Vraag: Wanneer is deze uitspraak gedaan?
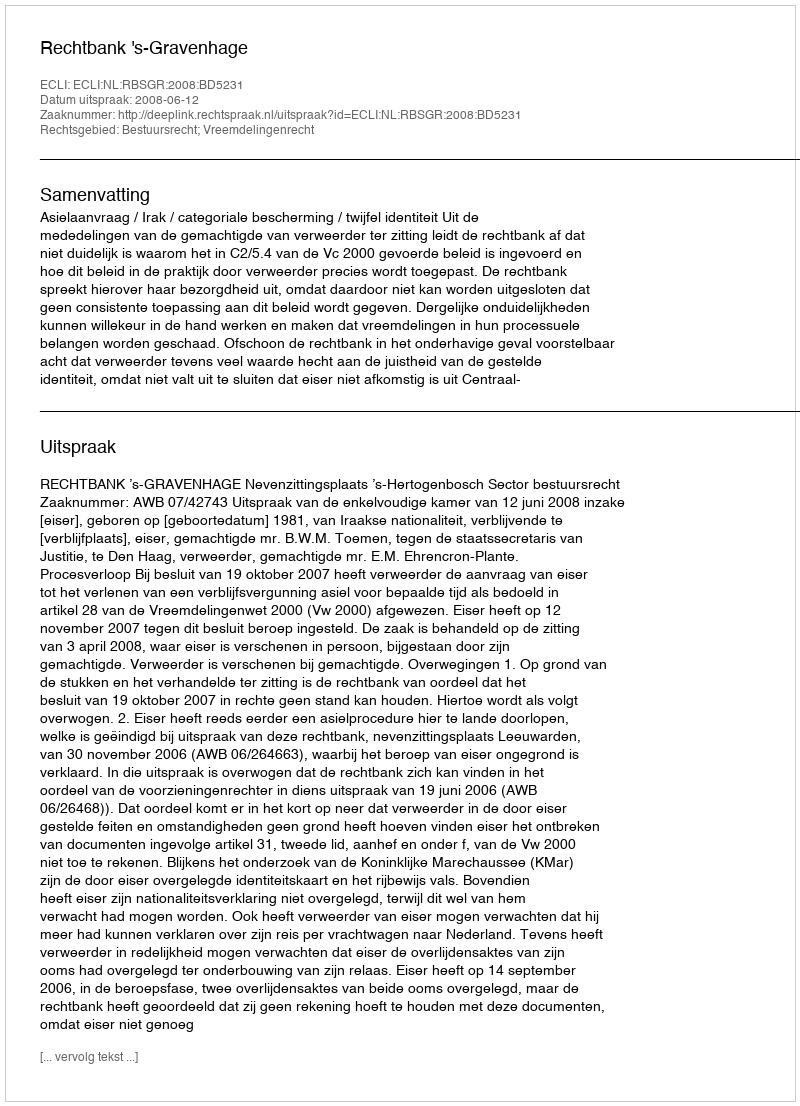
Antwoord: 2008-06-12